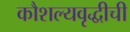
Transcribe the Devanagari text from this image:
कौशल्यवृद्धीची